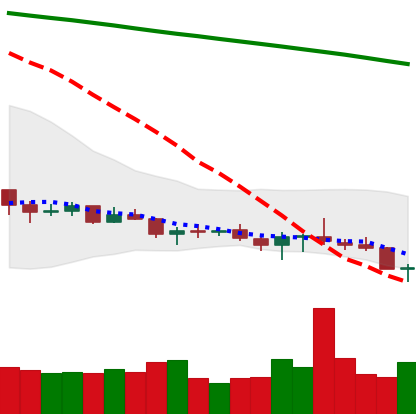
Ticker: XLM-USD
Chart end date: 2021-07-20
Forward return: 23.234%
Label: up_7plus